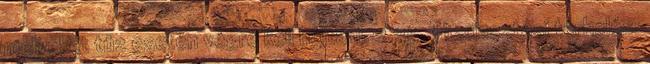
melyeket tûz esetén végre kell hajtani. 2.35. Tûzriasztási terhelés: